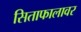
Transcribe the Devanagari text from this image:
सिताफालावर